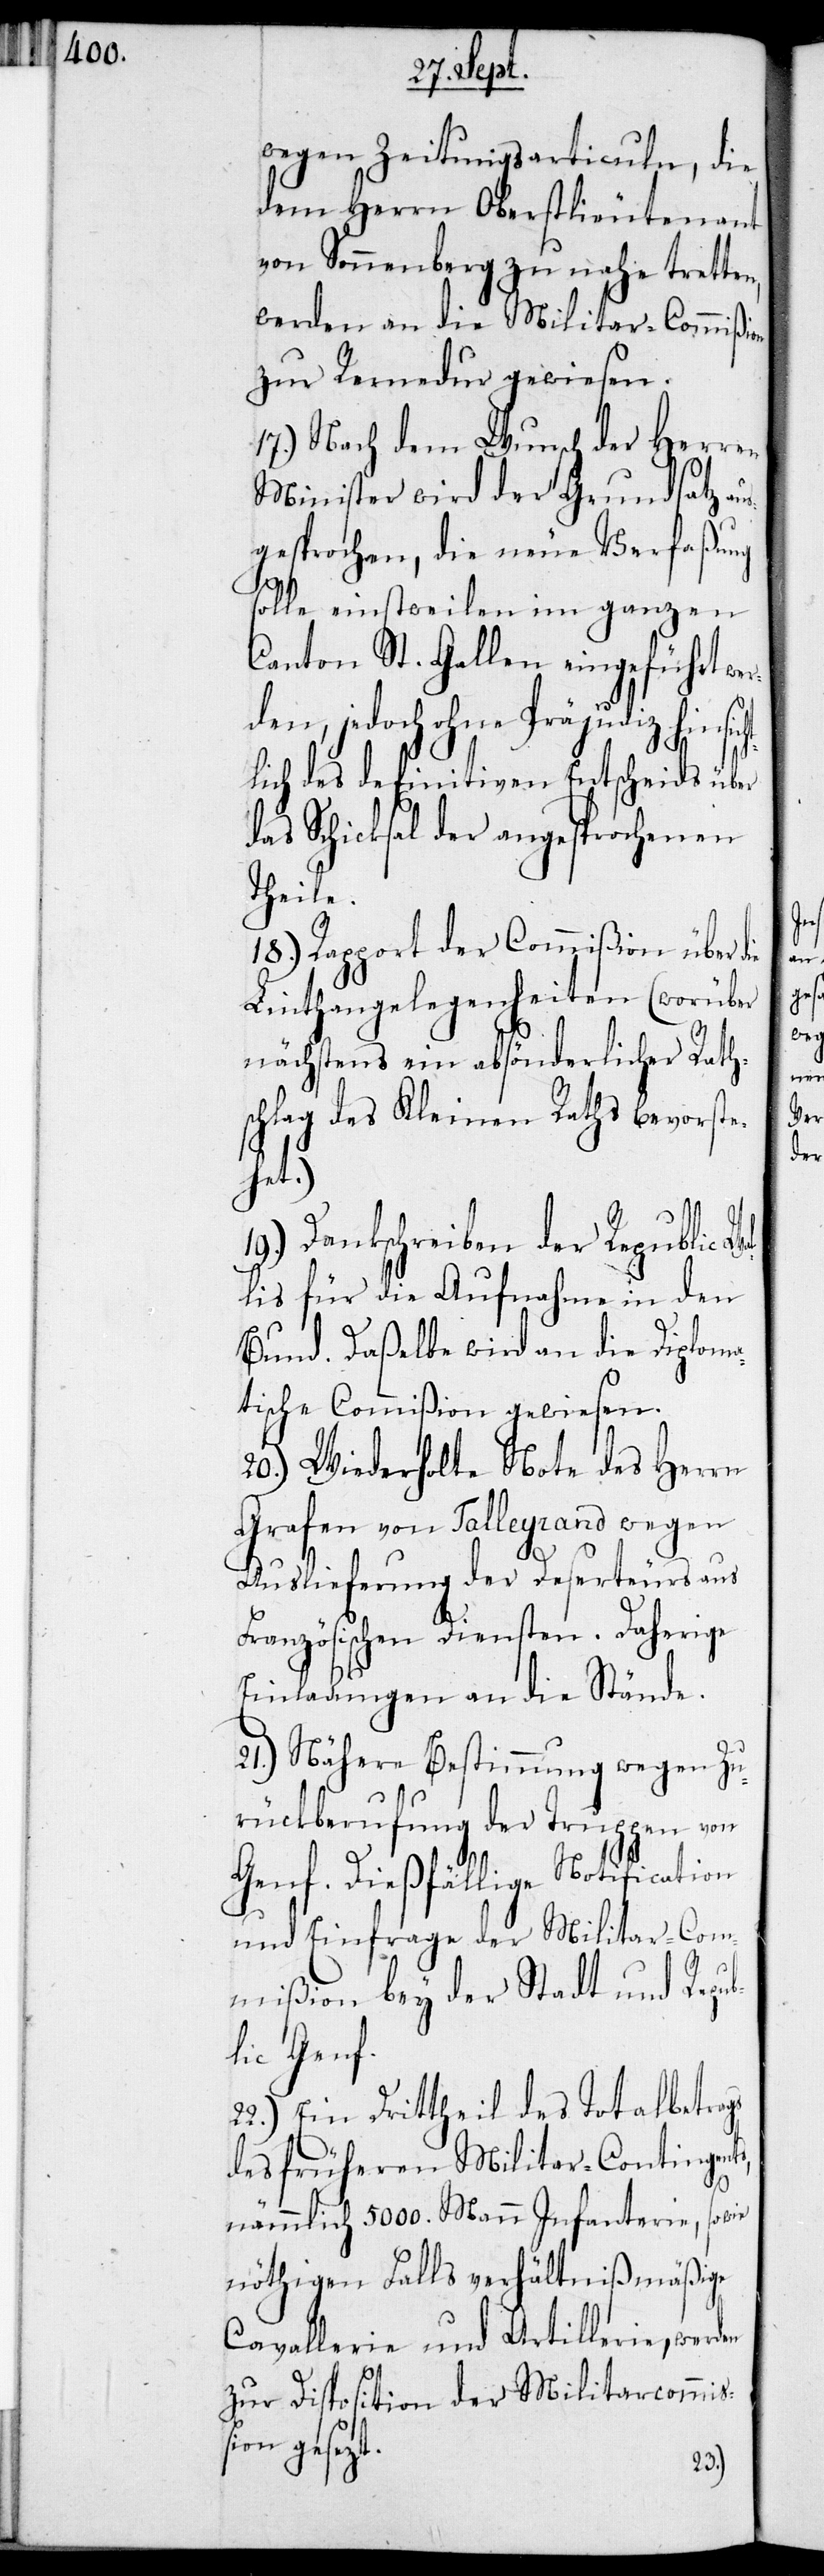
wegen Zeitungsariculn, die
dem Herrn Oberstlieutenant
von Sonnenberg zu nahe tretten,
werden an die Militar-Commißion
zur Remedur gewiesen.
17.) Nach dem Wunsch der Herren
Minister wird der Grundsatz au¬
sgesprochen, die neue Verfaßung
solle einstweilen im ganzen
Canton St. Gallen eingeführt wer¬
den, jedoch ohne Präjudiz hinsi¬
lich des definitiven Entscheides über
das Schicksal der angesprochenen
Theile.
18.) Rapport der Commißion über
Linthangelegenheiten (worüber
nächstens ein absönderlicher Rath¬
schlag des Kleinen Raths bevorste¬
Wal¬
19.) Dankschreiben der Republic
lis für die Aufnahme in den
Bund. Daßelbe wird an die Diploma¬
tische Commißion gewiesen.
20.) Wiederholte Note des Herrn
Grafen von Talleyrand wegen
Auslieferung der Deserteurs aus
Französischen Diensten. Daherige
Einladungen an die Stände.
21.) Nähere Bestimmung wegen Zu¬
rückberufung der Truppen von
Genf. Dießfällige Notification
und Einfrage der Militar-Com¬
mißion bey der Stadt und Repub¬
lic Genf.
22.) Ein Drittheil des Totalbetrags
des früheren Militar-Contingents,
nämmlich 5000. Mann Infanterie, sowie
nöthigen Falls verhältnißmäßige
Cavallerie und Artillerie, werden
zur Disposition der Militarcommiß¬
ion gesezt.